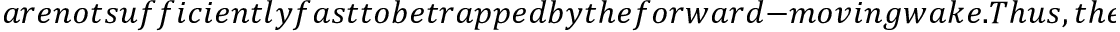
a r e n o t s u f f i c i e n t l y f a s t t o b e t r a p p e d b y t h e f o r w a r d - m o v i n g w a k e . T h u s , t h e y s l i d e a w a y f r o m t h e w a k e c a v i t y a n d a r e n o t i n j e c t e d . T h e s e e l e c t r o n s a r e t e r m e d \textit { u n t r a p p e d e l e c t r o n s } . B y c o n t r a s t , t h e e l e c t r o n s w i t h